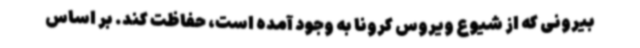
بیرونی که از شیوع ویروس کرونا به وجود آمده است، حفاظت کند. بر اساس